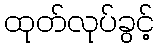
ထုတ်လုပ်ခွင့်